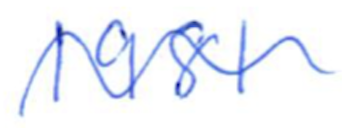
Text: 1981
Cross-out: wave
Writing tool: ballpoint